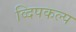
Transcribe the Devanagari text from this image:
व्दिपकल्प